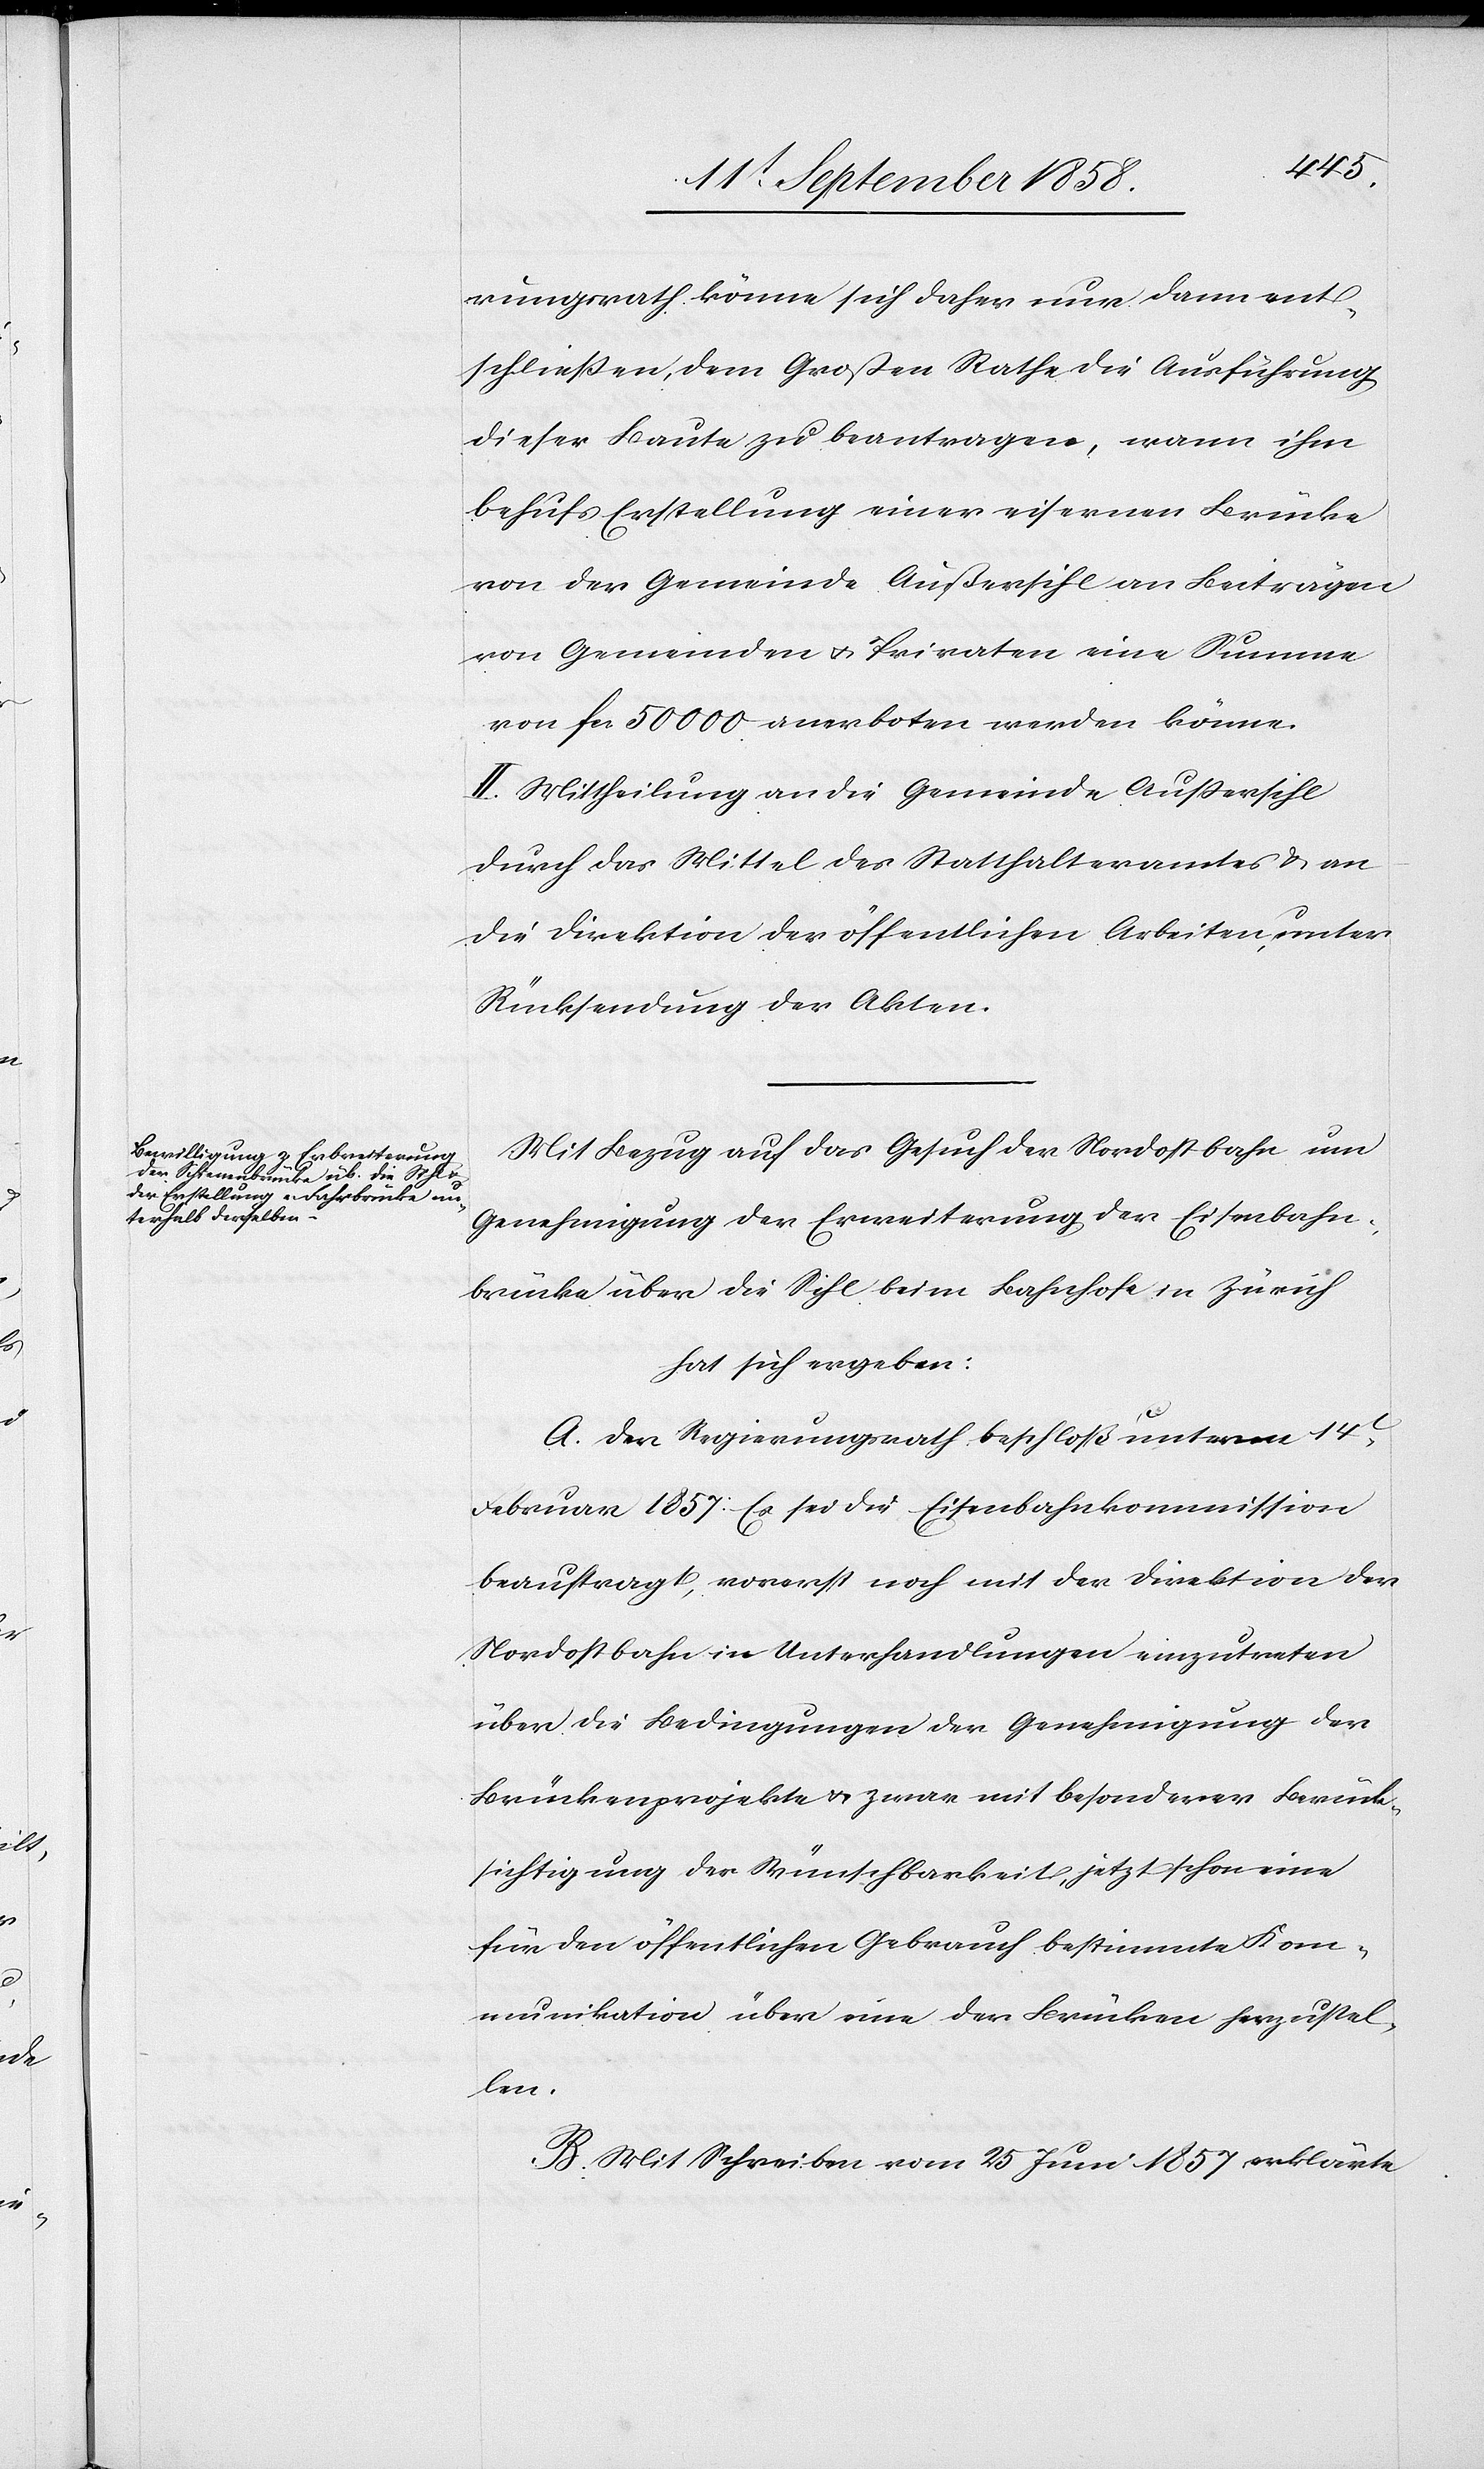
rungsrath könne sich daher nur dann ent¬
schließen, dem Großen Rathe die Ausführung
dieser Baute zu beantragen, wann ihm
behufs Erstellung einer eisernen Brücke
von der Gemeinde Außersihl an Beiträgen
von Gemeinden & Privaten eine Summe
von fcs. 50 000 anerboten werden könne.
II. Mittheilung an die Gemeinde Außersihl
durch das Mittel des Statthalteramtes & an
die Direktion der öffentlichen Arbeiten, unter
Rücksendung der Akten.
Mit Bezug auf das Gesuch der Nordostbahn um
Genehmigung der Erweiterung der Eisenbahn¬
brücke über die Sihl beim Bahnhofe in Zürich
hat sich ergeben:
A. Der Regierungsrath beschloß unterm 14t.
Februar 1857: Es sei die Eisenbahnkommission
beauftragt, vorerst noch mit der Direktion der
Nordostbahn in Unterhandlungen einzutreten
über die Bedingungen der Genehmigung der
Brückenprojekte & zwar mit besonderer Berück¬
sichtigung der Wünschbarkeit, jetzt schon eine
für den öffentlichen Gebrauch bestimmte Kom¬
munikation über eine der Brücken herzustel¬
len.
B. Mit Schreiben vom 25 Juni 1857 erklärte